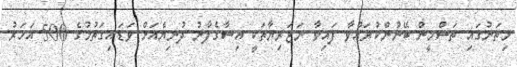
މިތަނުގައި ތަސްމީން ބޭނުންކުރައްވާ ފައިވާ ނަޒަރިޔާތަކީ އިސާގެފާނު ދުނިޔެއަށް ވަޑައިގަތުމުގެ 500 އަހަރު